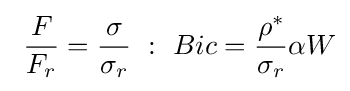
\ {\frac {F}{F_{r}}}={\frac {\sigma }{\sigma _{r}}}\ :\ Bic={\frac {\rho ^{*}}{\sigma _{r}}}\alpha W